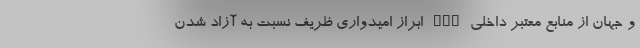
و جهان از منابع معتبر داخلی nan ابراز امیدواری ظریف نسبت به آزاد شدن